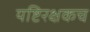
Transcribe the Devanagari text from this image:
यष्टिरक्षकच